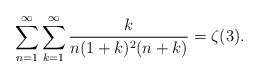
\begin{align*}\sum_{n=1}^\infty\sum_{k=1}^\infty\frac{k}{n(1+k)^2(n+k)}=\zeta(3).\end{align*}